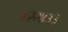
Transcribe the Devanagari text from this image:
४२२४३३